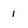
Character: 1